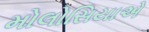
મોલોસિયાએ